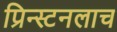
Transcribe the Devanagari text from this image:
प्रिन्स्टनलाच